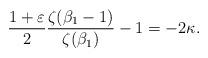
LaTeX: \begin{align*}{1 + \varepsilon \over 2}{\zeta(\beta_1 - 1) \over \zeta(\beta_1)} - 1 = -2\kappa.\end{align*}